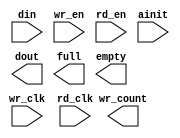
module datafifo(
	din,
	wr_en,
	wr_clk,
	rd_en,
	rd_clk,
	ainit,
	dout,
	full,
	empty,
	wr_count);


input [47 : 0] din;
input wr_en;
input wr_clk;
input rd_en;
input rd_clk;
input ainit;
output [47 : 0] dout;
output full;
output empty;
output [0 : 0] wr_count;

// synopsys translate_off

      ASYNC_FIFO_V6_1 #(
		48,	// c_data_width
		0,	// c_enable_rlocs
		2047,	// c_fifo_depth
		0,	// c_has_almost_empty
		0,	// c_has_almost_full
		0,	// c_has_rd_ack
		0,	// c_has_rd_count
		0,	// c_has_rd_err
		0,	// c_has_wr_ack
		1,	// c_has_wr_count
		0,	// c_has_wr_err
		0,	// c_rd_ack_low
		2,	// c_rd_count_width
		0,	// c_rd_err_low
		1,	// c_use_blockmem
		0,	// c_wr_ack_low
		1,	// c_wr_count_width
		0)	// c_wr_err_low
	inst (
		.DIN(din),
		.WR_EN(wr_en),
		.WR_CLK(wr_clk),
		.RD_EN(rd_en),
		.RD_CLK(rd_clk),
		.AINIT(ainit),
		.DOUT(dout),
		.FULL(full),
		.EMPTY(empty),
		.WR_COUNT(wr_count),
		.ALMOST_FULL(),
		.ALMOST_EMPTY(),
		.RD_COUNT(),
		.RD_ACK(),
		.RD_ERR(),
		.WR_ACK(),
		.WR_ERR());


// synopsys translate_on

// FPGA Express black box declaration
// synopsys attribute fpga_dont_touch "true"
// synthesis attribute fpga_dont_touch of datafifo is "true"

// XST black box declaration
// box_type "black_box"
// synthesis attribute box_type of datafifo is "black_box"

endmodule